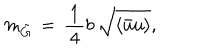
m _ { \tilde { G } } \, = \, \frac { \, 1 \, } { \, 4 \, } b \, \sqrt { \langle \bar { u } u \rangle } ,